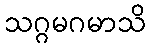
သဂ္ဂမဂမာသိ